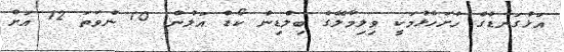
އަޅުގަނޑުގެ ހުށަހެޅުމަކީ ވިލިމާލޭގެ ބިލްޑިން ކޯޑް އަލުން 10 ނުވަތަ 12 އަށް